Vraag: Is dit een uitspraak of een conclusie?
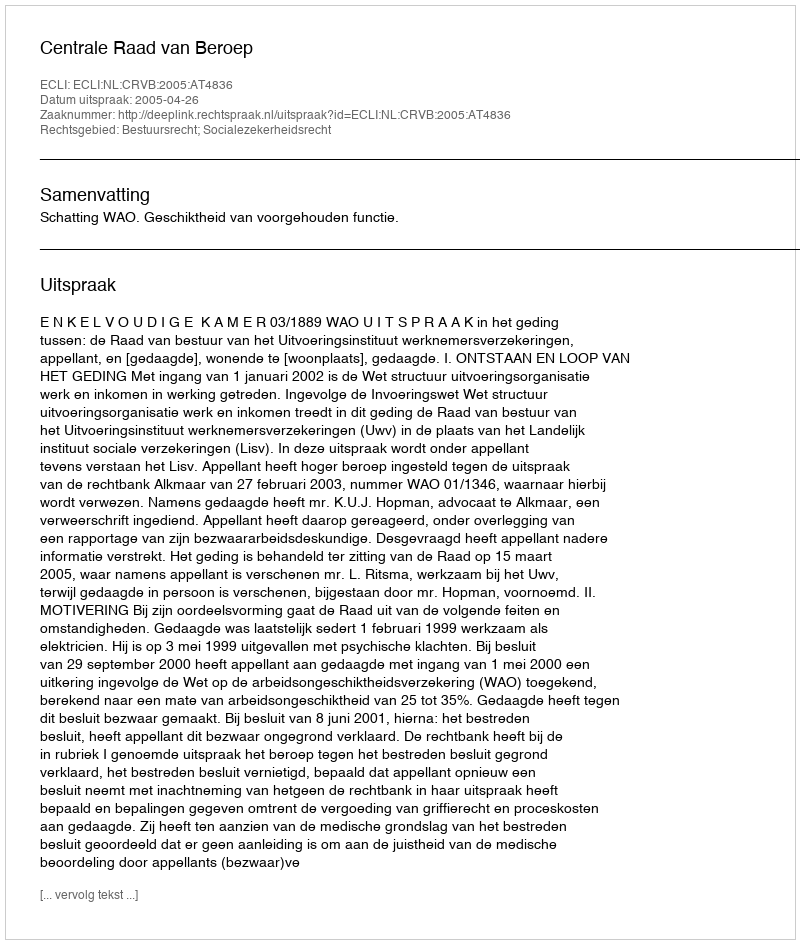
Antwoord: Uitspraak